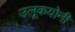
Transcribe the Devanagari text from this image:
उलूकयोनी